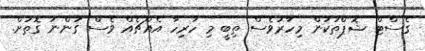
ގެސްޓް ޝޮޕްތަކުން މިހާރުވެސް ތިބީ މި ހުރިހާ އެއްޗެއް ވެސް ގަންނަ ގޮތަށް.